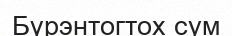
Бүрэнтогтох сум